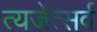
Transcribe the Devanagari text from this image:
त्यजेत्सर्वं